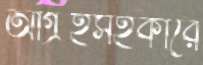
আগ্রহসহকারে